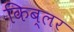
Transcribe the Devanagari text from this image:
किब्लर